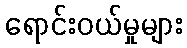
ရောင်းဝယ်မှုများ